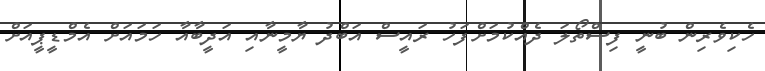
ހެކިވެރިން ބުނީ ފިސްތޯލަ ދެއްކުމަށްފަހު ރައީސް އަބްދު ޔާމީނާއި އަދީބާއާ ހަމައަށް އެމްޑީޕީއަށް